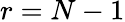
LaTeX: r=N-1